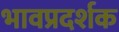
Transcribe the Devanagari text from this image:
भावप्रदर्शक